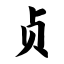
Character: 贞